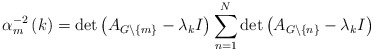
\begin{align*}\alpha_{m}^{-2}\left( k\right) =\det\left( A_{G\backslash\left\{m\right\} }-\lambda_{k}I\right) \sum_{n=1}^{N}\det\left( A_{G\backslash\left\{ n\right\} }-\lambda_{k}I\right) \end{align*}